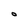
Character: O